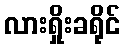
လားရှိုးခရိုင်